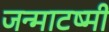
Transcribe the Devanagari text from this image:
जन्माटष्मी